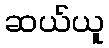
ဆယ်ယူ